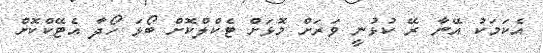
އެކަމަކު އޭނާ ރޭ ކުޅުނީ ވަރަށް މޮޅަށް ޓެކްލްކޮށް ބޯޅަ ހޯދާ އެޓޭކްކޮށް